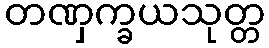
တဏှက္ခယသုတ္တ